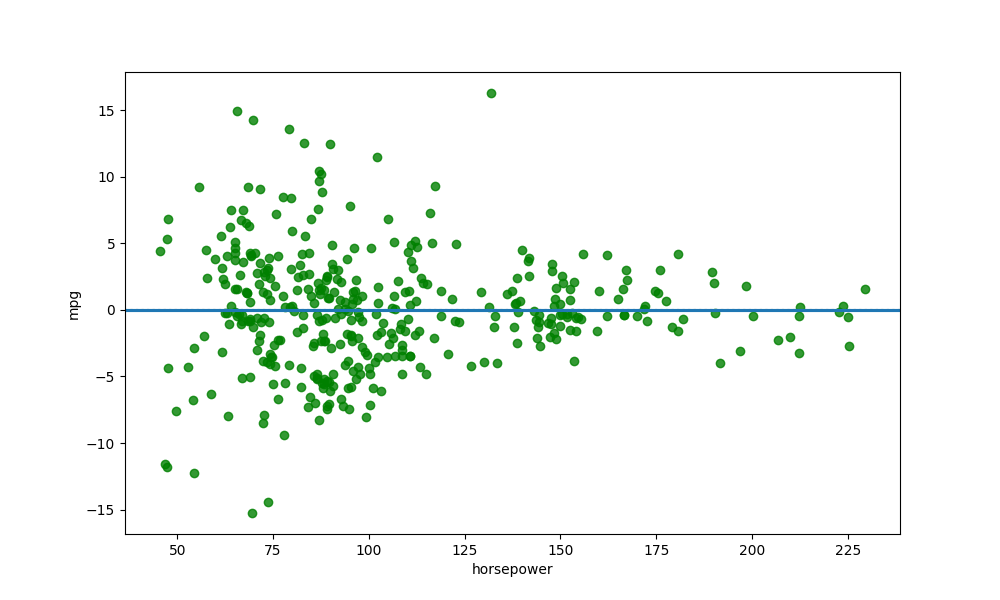
python, seaborn, residplot, lowess=True, scatter_color=green